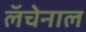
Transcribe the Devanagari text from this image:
लॅचेनाल